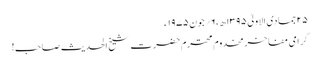
۲۵جمادی الاولیٰ ۱۳۹۵ھ ،۶؍جون ۱۹۷۵ء
گرامی مفاخر مخدوم محترم حضرت شیخ الحدیث صاحب!